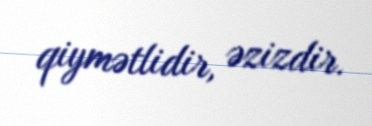
qiymətlidir, əzizdir.